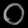
Digit: ၀